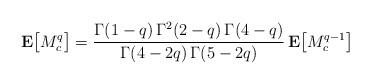
LaTeX: \begin{align*}{\bf E}\bigl[M^q_c\bigr] =\frac{\Gamma(1-q)\,\Gamma^2(2-q)\,\Gamma(4-q)}{\Gamma(4-2q)\,\Gamma(5-2q)}\,{\bf E}\bigl[M^{q-1}_c\bigr] \end{align*}